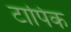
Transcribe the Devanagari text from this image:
टापिक